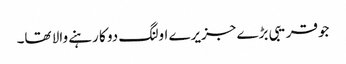
جوقریبی بڑے جزیرے اولنگ دو کا رہنے والا تھا۔